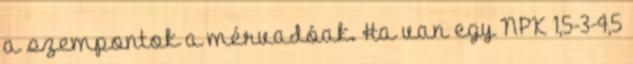
a szempontok a mérvadóak. Ha van egy NPK 1,5-3-4,5